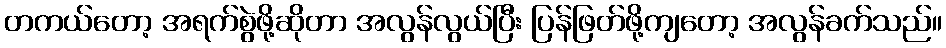
တကယ်တော့ အရက်စွဲဖို့ဆိုတာ အလွန်လွယ်ပြီး ပြန်ဖြတ်ဖို့ကျတော့ အလွန်ခက်သည်။